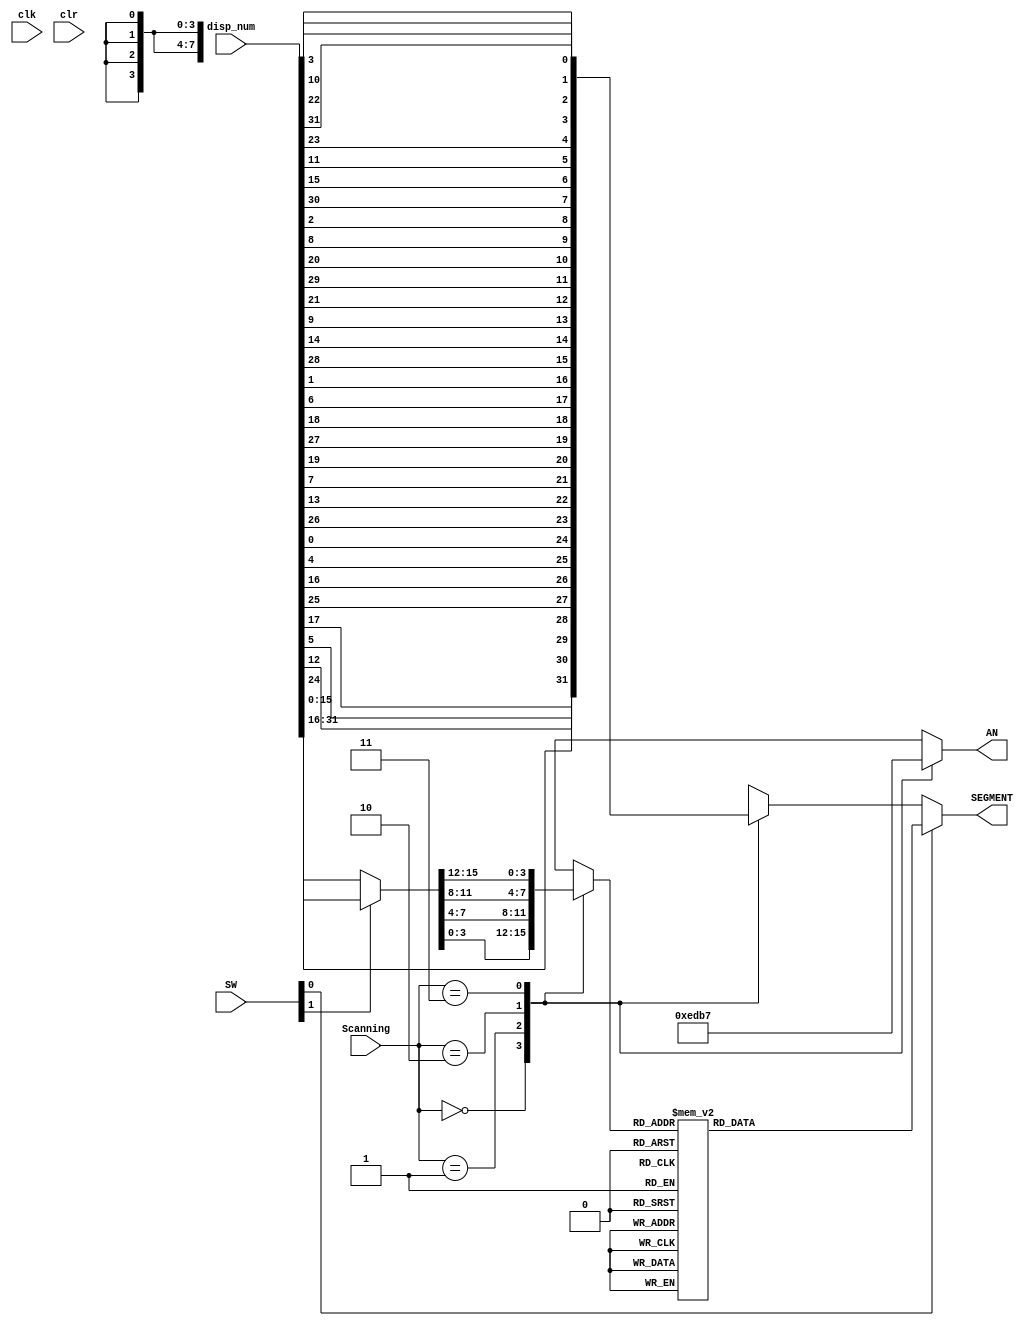
`timescale 1ns / 1ps
//////////////////////////////////////////////////////////////////////////////////
// Company:
// Engineer:
//
// Design Name:
// Module Name:    seven_seg_dev
// Project Name:
// Target Devices:
// Tool versions:
// Description:
//
// Dependencies:
//
// Revision:
// Revision 0.01 - File Created
// Additional Comments:
//
//////////////////////////////////////////////////////////////////////////////////

module seven_seg_dev (
	input wire	clk,
	input wire [31:0] disp_num, // 32binary or grid
	input wire clr,
	input wire [1:0] SW,
	input wire [1:0] Scanning, // from clk_div
	output wire [7:0] SEGMENT,
	output reg [3:0] AN = 0
	);
	reg [3:0] digit = 0;
	reg [7:0] temp_seg = 0, digit_seg = 0;
	wire [15:0] disp_current;

	assign SEGMENT = SW[0] ? digit_seg : temp_seg; 	// 0picture1:hex_number
	assign disp_current = SW[1] ? disp_num[31:16] : disp_num[15:0];

	always @(*) begin  // decode
		AN = 4'b1111;
		case (Scanning)
			0: begin
				digit = disp_current[3:0]; // D3:D0 or D19:D16
				temp_seg = {disp_num[24], disp_num[12], disp_num[5], disp_num[17], disp_num[25], disp_num[16], disp_num[4], disp_num[0]};
				AN = 4'b1110;
			end
			1: begin
				digit = disp_current[7:4]; // D7:D4 or D23:D20
				temp_seg = {disp_num[26], disp_num[13], disp_num[7], disp_num[19], disp_num[27], disp_num[18], disp_num[6], disp_num[1]};
				AN = 4'b1101;
			end
			2: begin
				digit = disp_current[11:8]; // D11:D8 or D27:D24
				temp_seg = {disp_num[28], disp_num[14], disp_num[9], disp_num[21], disp_num[29], disp_num[20], disp_num[8], disp_num[2]};
				AN = 4'b1011;
			end
			3: begin
				digit = disp_current[15:12]; // D15:D12 or D31:D28
				temp_seg = {disp_num[30], disp_num[15], disp_num[11], disp_num[23], disp_num[31], disp_num[22], disp_num[10], disp_num[3]};
				AN = 4'b0111;
			end
		endcase
	end

	always @(*) begin
		case (digit)
			4'h0: digit_seg = 8'b11000000;
			4'h1: digit_seg = 8'b11111001;
			4'h2: digit_seg = 8'b10100100;
			4'h3: digit_seg = 8'b10110000;
			4'h4: digit_seg = 8'b10011001;
			4'h5: digit_seg = 8'b10010010;
			4'h6: digit_seg = 8'b10000010;
			4'h7: digit_seg = 8'b11111000;
			4'h8: digit_seg = 8'b10000000;
			4'h9: digit_seg = 8'b10010000;
			4'hA: digit_seg = 8'b10001000;
			4'hB: digit_seg = 8'b10000011;
			4'hC: digit_seg = 8'b11000110;
			4'hD: digit_seg = 8'b10100001;
			4'hE: digit_seg = 8'b10000110;
			4'hF: digit_seg = 8'b10001110;
		endcase
	end
endmodule